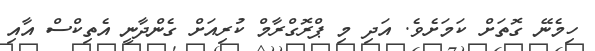
ހިމެނޭ ގޮތަށް ކަމަށެވެ. އަދި މި ޕްރޮގްރާމް ކުރިއަށް ގެންދާނީ އެތިކްސް އާއި